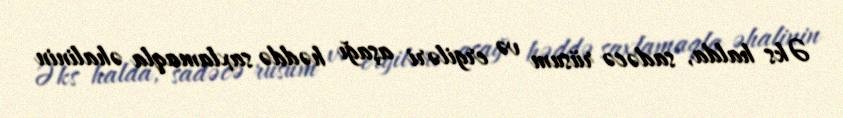
Əks halda, sadəcə rüsum və ergiləri aşağı həddə saxlamaqla əhalinin